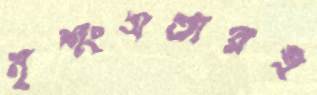
নৃশংসতারই